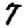
Digit: 7